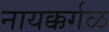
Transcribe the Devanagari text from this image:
नायक्कर्गळ